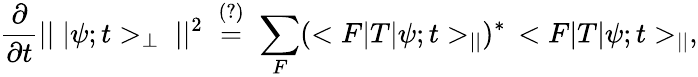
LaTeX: \frac{\partial}{\partial t}||\; |\psi;t>_{\perp}\; ||^{2}\; \stackrel{(?)}{=}\; \sum_{F}(<F|T|\psi;t>_{||})^{\ast}\, <F|T|\psi;t>_{||},